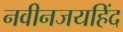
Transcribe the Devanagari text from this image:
नवीनजयहिंद